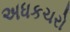
અધકચરો